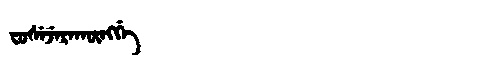
Manchu: ᠸᡠᠰᡝᠵᡝᡵᠠᡴᡡᠩᡤᡝ
Romanization: FUSEJERAKŪNGGE